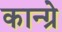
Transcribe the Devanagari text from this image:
कान्ग्रे